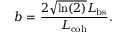
b = \frac { 2 \sqrt { \ln ( 2 ) } L _ { \mathrm { b s } } } { L _ { \mathrm { c o h } } } .